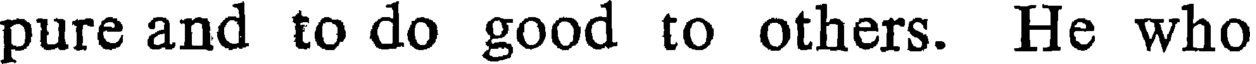
pure and to do good to others. He who